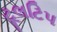
ટૂલટિપ